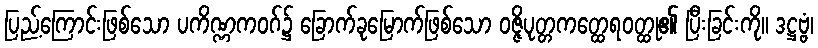
ပြည့်ကြောင်းဖြစ်သော ပကိဏ္ဏကဝဂ်၌ ခြောက်ခုမြောက်ဖြစ်သော ဝဇ္ဇိပုတ္တကတ္ထေရဝတ္ထု၏ ပြီးခြင်းကို။ ဒဋ္ဌဗ္ဗံ၊